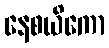
နေစယိကော